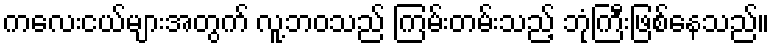
ကလေးငယ်များအတွက် လူ့ဘဝသည် ကြမ်းတမ်းသည့် ဘုံကြီးဖြစ်နေသည်။